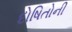
દોષિતોની